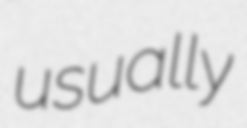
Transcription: usually